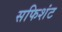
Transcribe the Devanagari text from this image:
सफिशंट